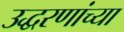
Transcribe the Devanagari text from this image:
उद्धरणांच्या